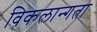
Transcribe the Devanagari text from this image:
विकलान्गता